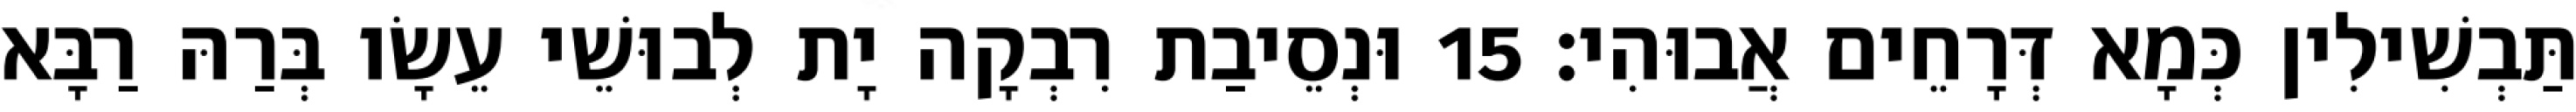
תַּבְשִׁילִין כְּמָא דְּרָחֵים אֲבוּהִי׃ 15 וּנְסֵיבַת רִבְקָה יָת לְבוּשֵׁי עֵשָׂו בְּרַהּ רַבָּא